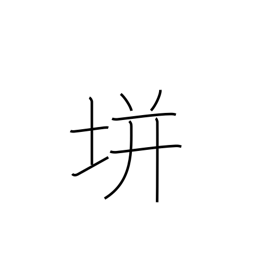
Meaning: used in proper names